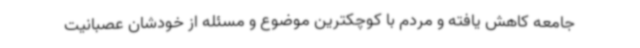
جامعه کاهش یافته و مردم با کوچکترین موضوع و مسئله از خودشان عصبانیت